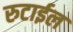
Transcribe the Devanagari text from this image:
रुटाईल